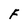
Character: F